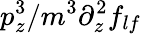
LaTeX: p_{z}^{3}/m^{3}\partial_{z}^{2}f_{lf}